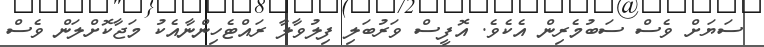
ސަޔަށް ވެސް ސަބުމެރިން އެކެވެ. އޮފީސް ވަރުބަލި ފިލުވާލާ ރައްޓެހިންނާއެކު މަޖާކޮށްލަން ވެސް